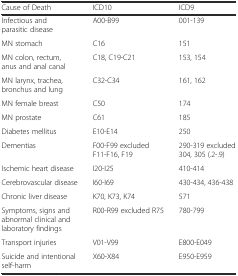
<table><thead><tr><td><b>Cause of Death</b></td><td><b>ICD10</b></td><td><b>ICD9</b></td></tr></thead><tbody><tr><td>Infectious and parasitic disease</td><td>A00-B99</td><td>001-139</td></tr><tr><td>MN stomach</td><td>C16</td><td>151</td></tr><tr><td>MN colon, rectum, anus and anal canal</td><td>C18, C19-C21</td><td>153, 154</td></tr><tr><td>MN larynx, trachea, bronchus and lung</td><td>C32-C34</td><td>161, 162</td></tr><tr><td>MN female breast</td><td>C50</td><td>174</td></tr><tr><td>MN prostate</td><td>C61</td><td>185</td></tr><tr><td>Diabetes mellitus</td><td>E10-E14</td><td>250</td></tr><tr><td>Dementias</td><td>F00-F99 excluded F11-F16, F19</td><td>290-319 excluded 304, 305 (.2-.9)</td></tr><tr><td>Ischemic heart disease</td><td>I20-I25</td><td>410-414</td></tr><tr><td>Cerebrovascular disease</td><td>I60-I69</td><td>430-434, 436-438</td></tr><tr><td>Chronic liver disease</td><td>K70, K73, K74</td><td>571</td></tr><tr><td>Symptoms, signs and abnormal clinical and laboratory findings</td><td>R00-R99 excluded R75</td><td>780-799</td></tr><tr><td>Transport injuries</td><td>V01-V99</td><td>E800-E049</td></tr><tr><td>Suicide and intentional self-harm</td><td>X60-X84</td><td>E950-E959</td></tr></tbody></table>